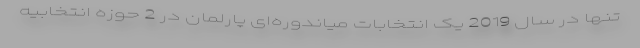
تنها در سال 2019 یک انتخابات میاندوره‌ای پارلمان در 2 حوزه انتخابیه